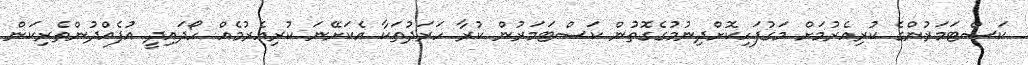
ކަސްޓަމަރުންގެ ކުރިއެރުމަށް މަގުފަހިކޮށްދިނުމުގެގޮތުން ކަސްޓަމަރުން ކުރާ ހަރަދުތަކާ އެކަށޭނަ ކުރިއެރުމެއް ހޯދައިދީ އުފެއްދުންތެރިކަން